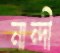
নান্দী